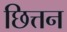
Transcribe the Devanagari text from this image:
छित्तन